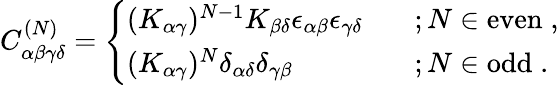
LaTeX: C_{\alpha\beta\gamma\delta}^{(N)}=\left\{ \begin{array}{ll}{{(K_{\alpha\gamma})^{N-1}K_{\beta\delta}\epsilon_{\alpha\beta}\epsilon_{\gamma\delta}\; \; \; }}&{{;N\in\mathrm{even}\; ,}}\\ {{(K_{\alpha\gamma})^{N}\delta_{\alpha\delta}\delta_{\gamma\beta}\; \; \; }}&{{;N\in\mathrm{odd}\; .}}\end{array}\right.